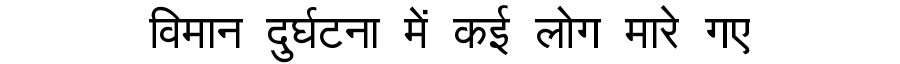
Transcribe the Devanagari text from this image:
विमान दुर्घटना में कई लोग मारे गए